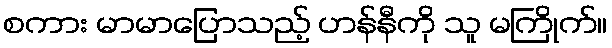
စကား မာမာပြောသည့် ဟန်နီကို သူ မကြိုက်။